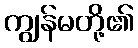
ကျွန်မတို့၏